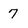
Character: 7